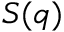
S ( q )